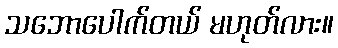
သဘောပေါက်တယ် မဟုတ်လား။